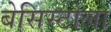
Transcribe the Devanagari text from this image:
बेसिस्टोला